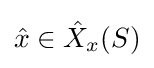
{\hat {x}}\in {\hat {X}}_{x}(S)